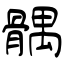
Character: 髃